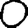
Digit: 0